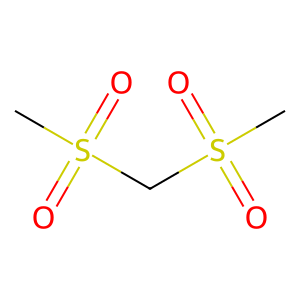
SMILES: CS(=O)(=O)CS(C)(=O)=O
Inhibits HIV replication: No